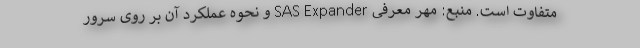
متفاوت است. منبع: مهر معرفی SAS Expander و نحوه عملکرد آن بر روی سرور